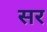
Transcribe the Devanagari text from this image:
सर